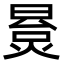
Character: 㬃